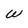
Character: W